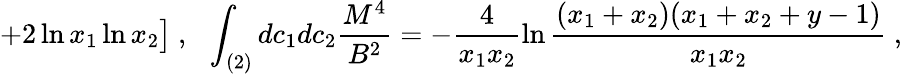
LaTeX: +2\ln x_{1}\ln x_{2}\bigr]\ ,\ \ \int_{(2)}dc_{1}dc_{2}\frac{M^{4}}{B^{2}}=-\frac{4}{x_{1}x_{2}}\ln\frac{(x_{1}+x_{2})(x_{1}+x_{2}+y-1)}{x_{1}x_{2}}\ ,